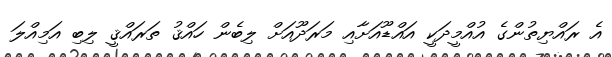
އެ ރައްޔިތުންގެ އުއްމީދަކީ އައްޑޫއަށާއި މަރަދޫއަށް ލިބެން ހައްޤު ތަރައްޤީ ލިބި އަމިއްލަ